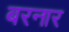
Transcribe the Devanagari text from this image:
बरनार